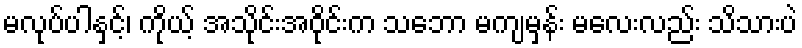
မလုပ်ပါနှင့်၊ ကိုယ့် အသိုင်းအဝိုင်းက သဘော မကျမှန်း မလေးလည်း သိသားပဲ